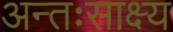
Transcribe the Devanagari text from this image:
अन्तःसाक्ष्य